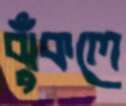
ঝুঁকলে